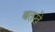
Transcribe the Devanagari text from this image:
बतखे